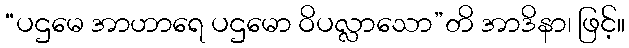
“ပဌမေ အာဟာရေ ပဌမော ဝိပလ္လာသော”တိ အာဒိနာ၊ ဖြင့်။